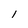
Character: I